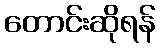
တောင်းဆိုရန်